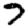
Digit: 7